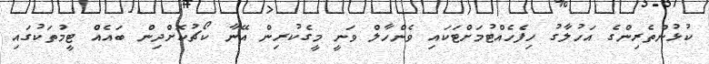
ކުޅުންތެރިންގެ އަހުލާގު ހިފެހެއްޓުމަށްޓަކައި ވެންހާލް ވަނީ މީގެކުރިން އޭނާ ކޯޗުކޮށްދިން ބައެއް ޓީމުތަކުގައި